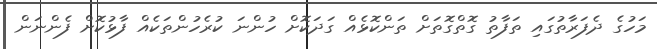
މަހުގެ ދެފަރާތުގައި ތަފާތު ގޮތްގޮތަށް ތަންކޮޅެއް ގަދަކޮށް ހުންނަ ކުރެހުންތަކެއް ފާޅުކޮށް ފެންނަން